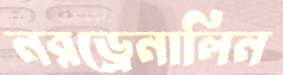
নরড্রেনালিন